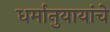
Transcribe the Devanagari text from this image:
धर्मानुयायांचे